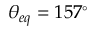
\theta _ { e q } = 1 5 7 ^ { \circ }